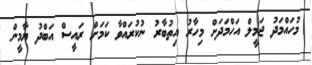
މުހައްމަދު ޖަމީލް އަހްމަދަށް މިހާރު އިތުބާރު ނުކުރައްވާ ކަމަށް ރައީސް އަބްދު ޔާމީން